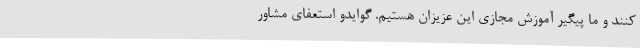
کنند و ما پیگیر آموزش مجازی این عزیزان هستیم. گوایدو استعفای مشاور